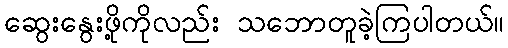
ဆွေးနွေးဖို့ကိုလည်း သဘောတူခဲ့ကြပါတယ်။